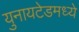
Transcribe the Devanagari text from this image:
युनायटेडमध्ये